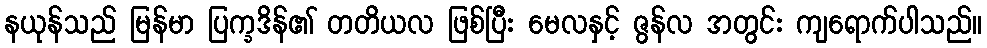
နယုန်သည် မြန်မာ ပြက္ခဒိန်၏ တတိယလ ဖြစ်ပြီး မေလနှင့် ဇွန်လ အတွင်း ကျရောက်ပါသည်။